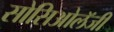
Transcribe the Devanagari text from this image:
सोसिओलॅजी